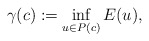
\begin{align*} \gamma(c):=\inf_{u \in P(c)} E(u),\end{align*}